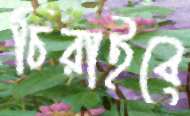
চিরাইবে